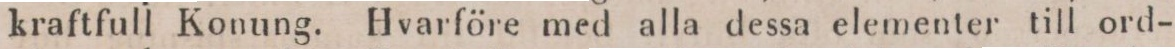
kraftfull Konung. Hvarföre med alla dessa elementer till ord-